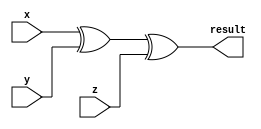
`timescale 1ns / 1ps

module par_gen(x,y,z,result);
input x,y,z;
output result;

//ansmza xor gate tam da istediimizi yapyor
//1 iin even parity, yani ift sayda 1 olursa sonu 0	(tek sayda 0)
//0 iin odd parity,  yani ift sayda 0 olursa sonu 1 (tek sayda 1)
//ikisi de ayn ey demek
xor (result,x,y,z); 
//daha fazla sayda inputu test etmek istersek yine hepsini xordan geirebiliriz
//2 input xordan 2 defa geirsek yine ayn sonucu alyoruz
endmodule